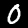
Digit: 0